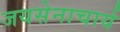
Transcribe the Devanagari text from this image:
जयसेनाचार्य